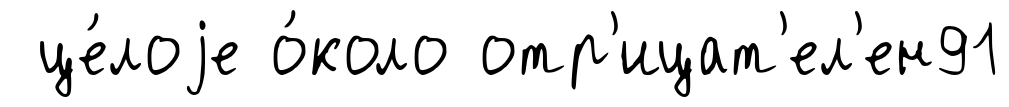
це́лоjе о́коло отр'ицат'ел'ен91